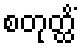
စတုတ္ထိံ